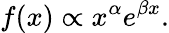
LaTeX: f(x)\propto x^{\alpha}e^{\beta x}.